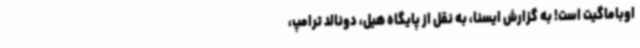
اوباماگیت است! به گزارش ایسنا، به نقل از پایگاه هیل، دونالد ترامپ،